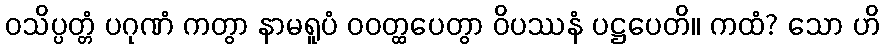
ဝသိပ္ပတ္တံ ပဂုဏံ ကတွာ နာမရူပံ ဝဝတ္ထပေတွာ ဝိပဿနံ ပဋ္ဌပေတိ။ ကထံ? သော ဟိ